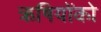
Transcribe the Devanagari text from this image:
ऋषियोंको